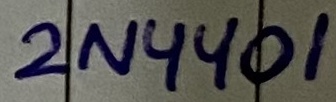
Text: 2N4401